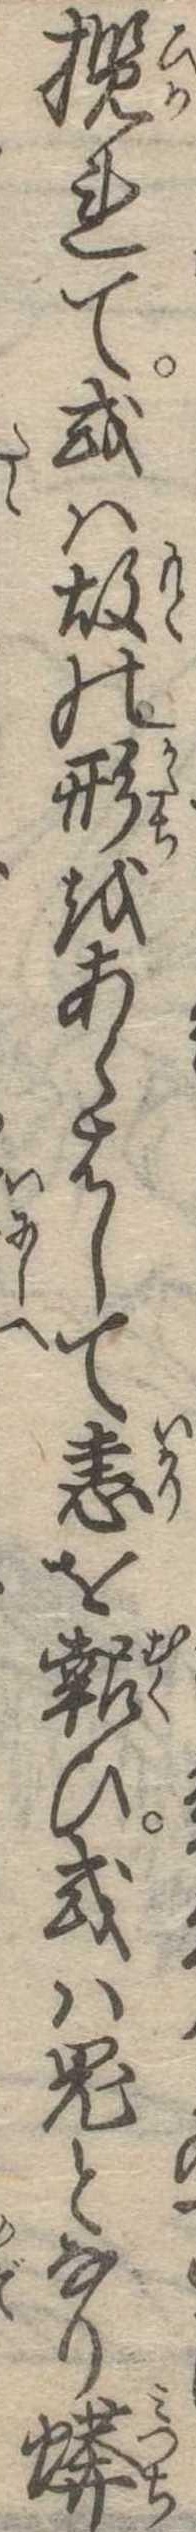
攬れて或は故の形をあらはして恚を報ひ或は鬼となり蠎